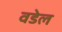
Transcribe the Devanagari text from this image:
वडेल